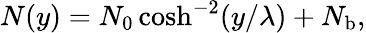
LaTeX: N(y)=N_{0}\cosh^{-2}(y/\lambda)+N_{\mathrm{b}},